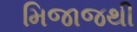
મિજાજથી